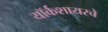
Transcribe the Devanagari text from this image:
यॉर्कशायरचे